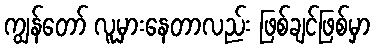
ကျွန်တော် လူမှားနေတာလည်း ဖြစ်ချင်ဖြစ်မှာ